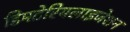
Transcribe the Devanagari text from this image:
डिमटेरियलाइजेशन